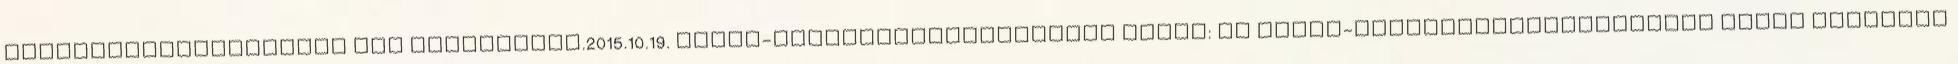
Környezetgazdálkodás AKG Lajosmizse.2015.10.19. Agrár-környezetgazdálkodás célja: az agrár-környezetgazdálkodási célok elérések